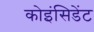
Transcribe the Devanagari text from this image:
कोइंसिडेंट